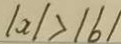
\vert a \vert > \vert b \vert